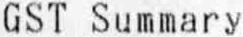
GST SUMMARY